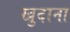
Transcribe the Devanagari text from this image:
खुदाना